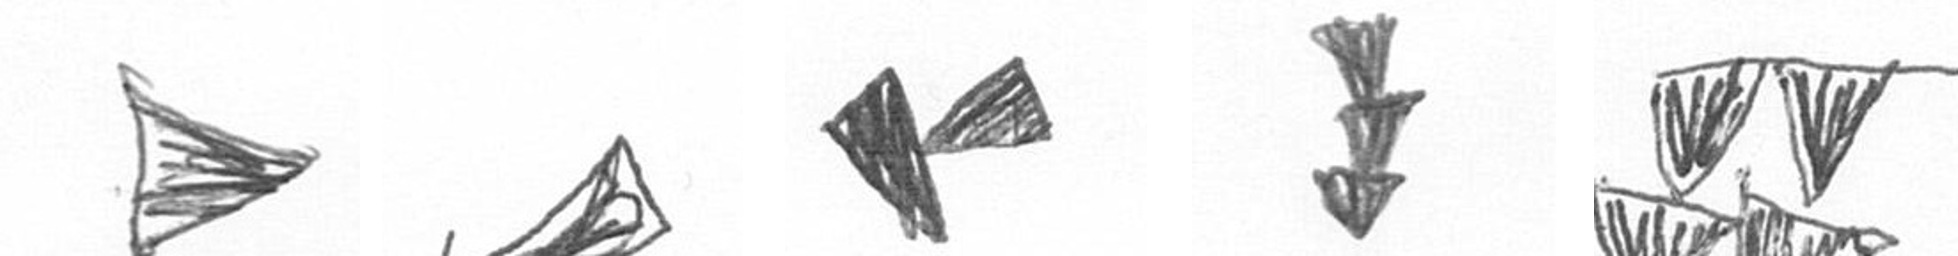
T O F E B